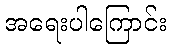
အရေးပါကြောင်း